Annual report of the Punjab Veterinary College and of the Civil Veterinary Department, Punjab - 1920-1925
Year: 1920
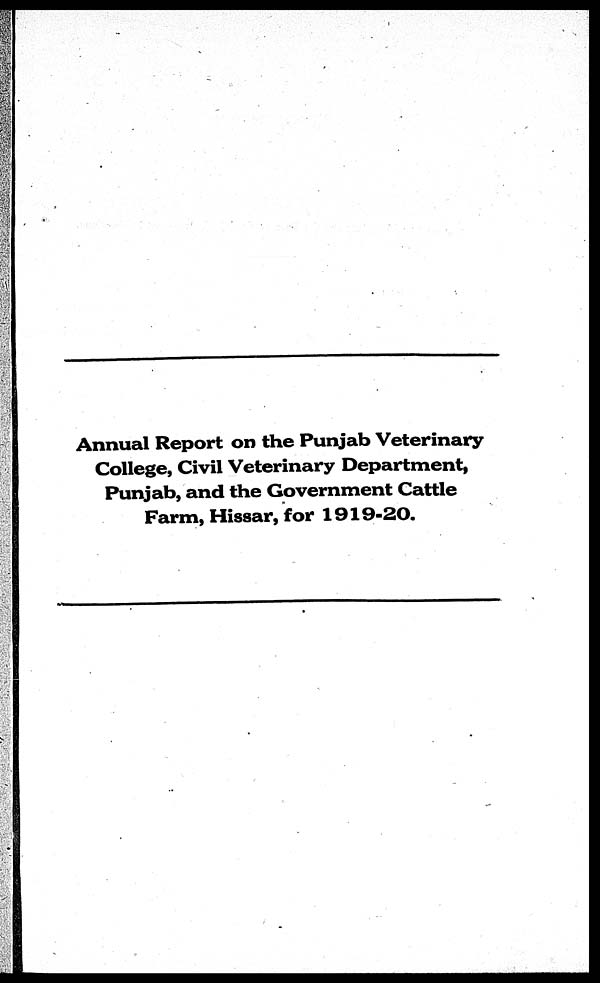
Annual Report on the Punjab Veterinary
College, Civil Veterinary Department,
Punjab, and the Government Cattle
Farm, Hissar, for 1919-20.